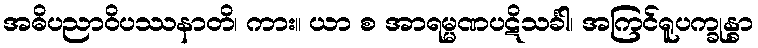
အဓိပညာဝိပဿနာတိ၊ ကား။ ယာ စ အာရမ္မဏပဋိသင်္ခါ၊ အကြင်ရူပက္ခုန္ဓာ